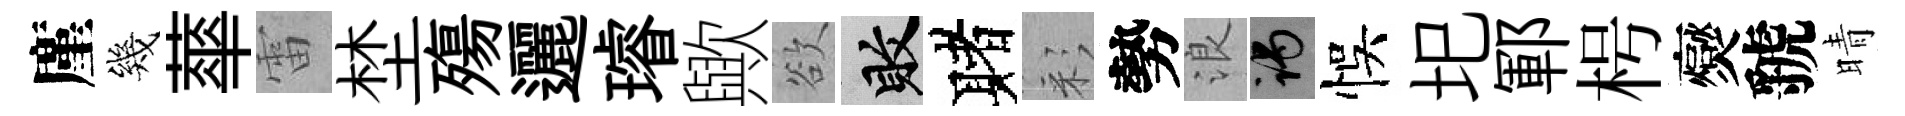
廑幾蕐雷埜殤邐璿歟欲敗赌彩勢浪谒悞圯鄆枵爕虢晴